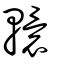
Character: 轘